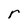
Character: r